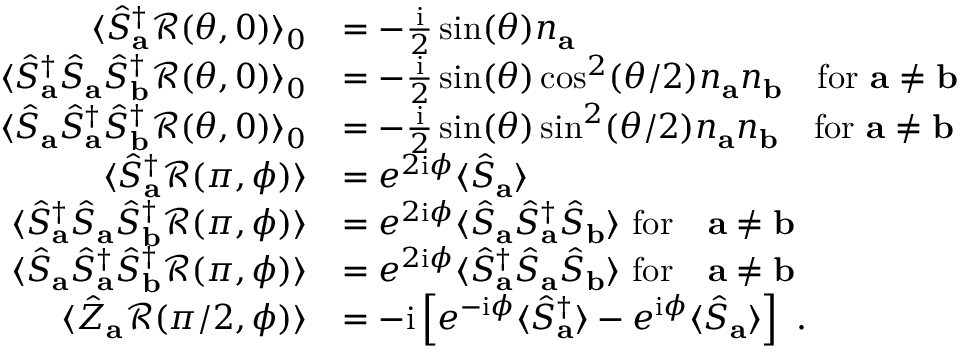
\begin{array} { r l } { \langle \hat { S } _ { \mathbf { a } } ^ { \dagger } \mathcal { R } ( \theta , 0 ) \rangle _ { 0 } } & { = - \frac { \mathrm { i } } { 2 } \sin ( \theta ) n _ { \mathbf { a } } } \\ { \langle \hat { S } _ { \mathbf { a } } ^ { \dagger } \hat { S } _ { \mathbf { a } } \hat { S } _ { \mathbf { b } } ^ { \dagger } \mathcal { R } ( \theta , 0 ) \rangle _ { 0 } } & { = - \frac { \mathrm { i } } { 2 } \sin ( \theta ) \cos ^ { 2 } ( \theta / 2 ) n _ { \mathbf { a } } n _ { \mathbf { b } } \quad \mathrm { f o r } ~ \mathbf { a } \neq \mathbf { b } } \\ { \langle \hat { S } _ { \mathbf { a } } \hat { S } _ { \mathbf { a } } ^ { \dagger } \hat { S } _ { \mathbf { b } } ^ { \dagger } \mathcal { R } ( \theta , 0 ) \rangle _ { 0 } } & { = - \frac { \mathrm { i } } { 2 } \sin ( \theta ) \sin ^ { 2 } ( \theta / 2 ) n _ { \mathbf { a } } n _ { \mathbf { b } } \quad \mathrm { f o r } ~ \mathbf { a } \neq \mathbf { b } } \\ { \langle \hat { S } _ { \mathbf { a } } ^ { \dagger } \mathcal { R } ( \pi , \phi ) \rangle } & { = e ^ { 2 \mathrm { i } \phi } \langle \hat { S } _ { \mathbf { a } } \rangle } \\ { \langle \hat { S } _ { \mathbf { a } } ^ { \dagger } \hat { S } _ { \mathbf { a } } \hat { S } _ { \mathbf { b } } ^ { \dagger } \mathcal { R } ( \pi , \phi ) \rangle } & { = e ^ { 2 \mathrm { i } \phi } \langle \hat { S } _ { \mathbf { a } } \hat { S } _ { \mathbf { a } } ^ { \dagger } \hat { S } _ { \mathbf { b } } \rangle ~ \mathrm { f o r } \quad \mathbf { a } \neq \mathbf { b } } \\ { \langle \hat { S } _ { \mathbf { a } } \hat { S } _ { \mathbf { a } } ^ { \dagger } \hat { S } _ { \mathbf { b } } ^ { \dagger } \mathcal { R } ( \pi , \phi ) \rangle } & { = e ^ { 2 \mathrm { i } \phi } \langle \hat { S } _ { \mathbf { a } } ^ { \dagger } \hat { S } _ { \mathbf { a } } \hat { S } _ { \mathbf { b } } \rangle ~ \mathrm { f o r } \quad \mathbf { a } \neq \mathbf { b } } \\ { \langle \hat { Z } _ { \mathbf { a } } \mathcal { R } ( \pi / 2 , \phi ) \rangle } & { = - \mathrm { i } \left[ e ^ { - \mathrm { i } \phi } \langle \hat { S } _ { \mathbf { a } } ^ { \dagger } \rangle - e ^ { \mathrm { i } \phi } \langle \hat { S } _ { \mathbf { a } } \rangle \right] ~ . } \end{array}